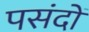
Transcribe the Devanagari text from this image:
पसंदों